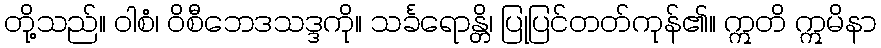
တို့သည်။ ဝါစံ၊ ဝိစီဘေဒသဒ္ဒကို။ သင်္ခရောန္တိ၊ ပြုပြင်တတ်ကုန်၏။ ဣတိ ဣမိနာ